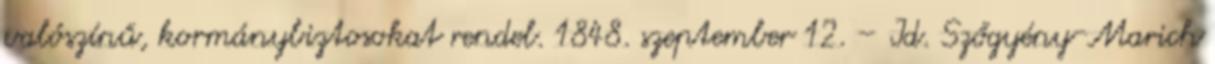
valószínű, kormánybiztosokat rendel. 1848. szeptember 12. – Id. Szőgyény-Marich